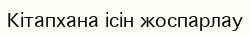
Кітапхана ісін жоспарлау